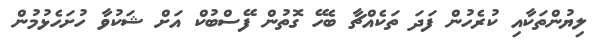
ލިޔުންތަކާއި ކުރެހުން ފަދަ ތަކެއްޗާ ބެހޭ ގޮތުން ފޭސްބުކް އަށް ޝަކުވާ ހުށަހެޅުމުން